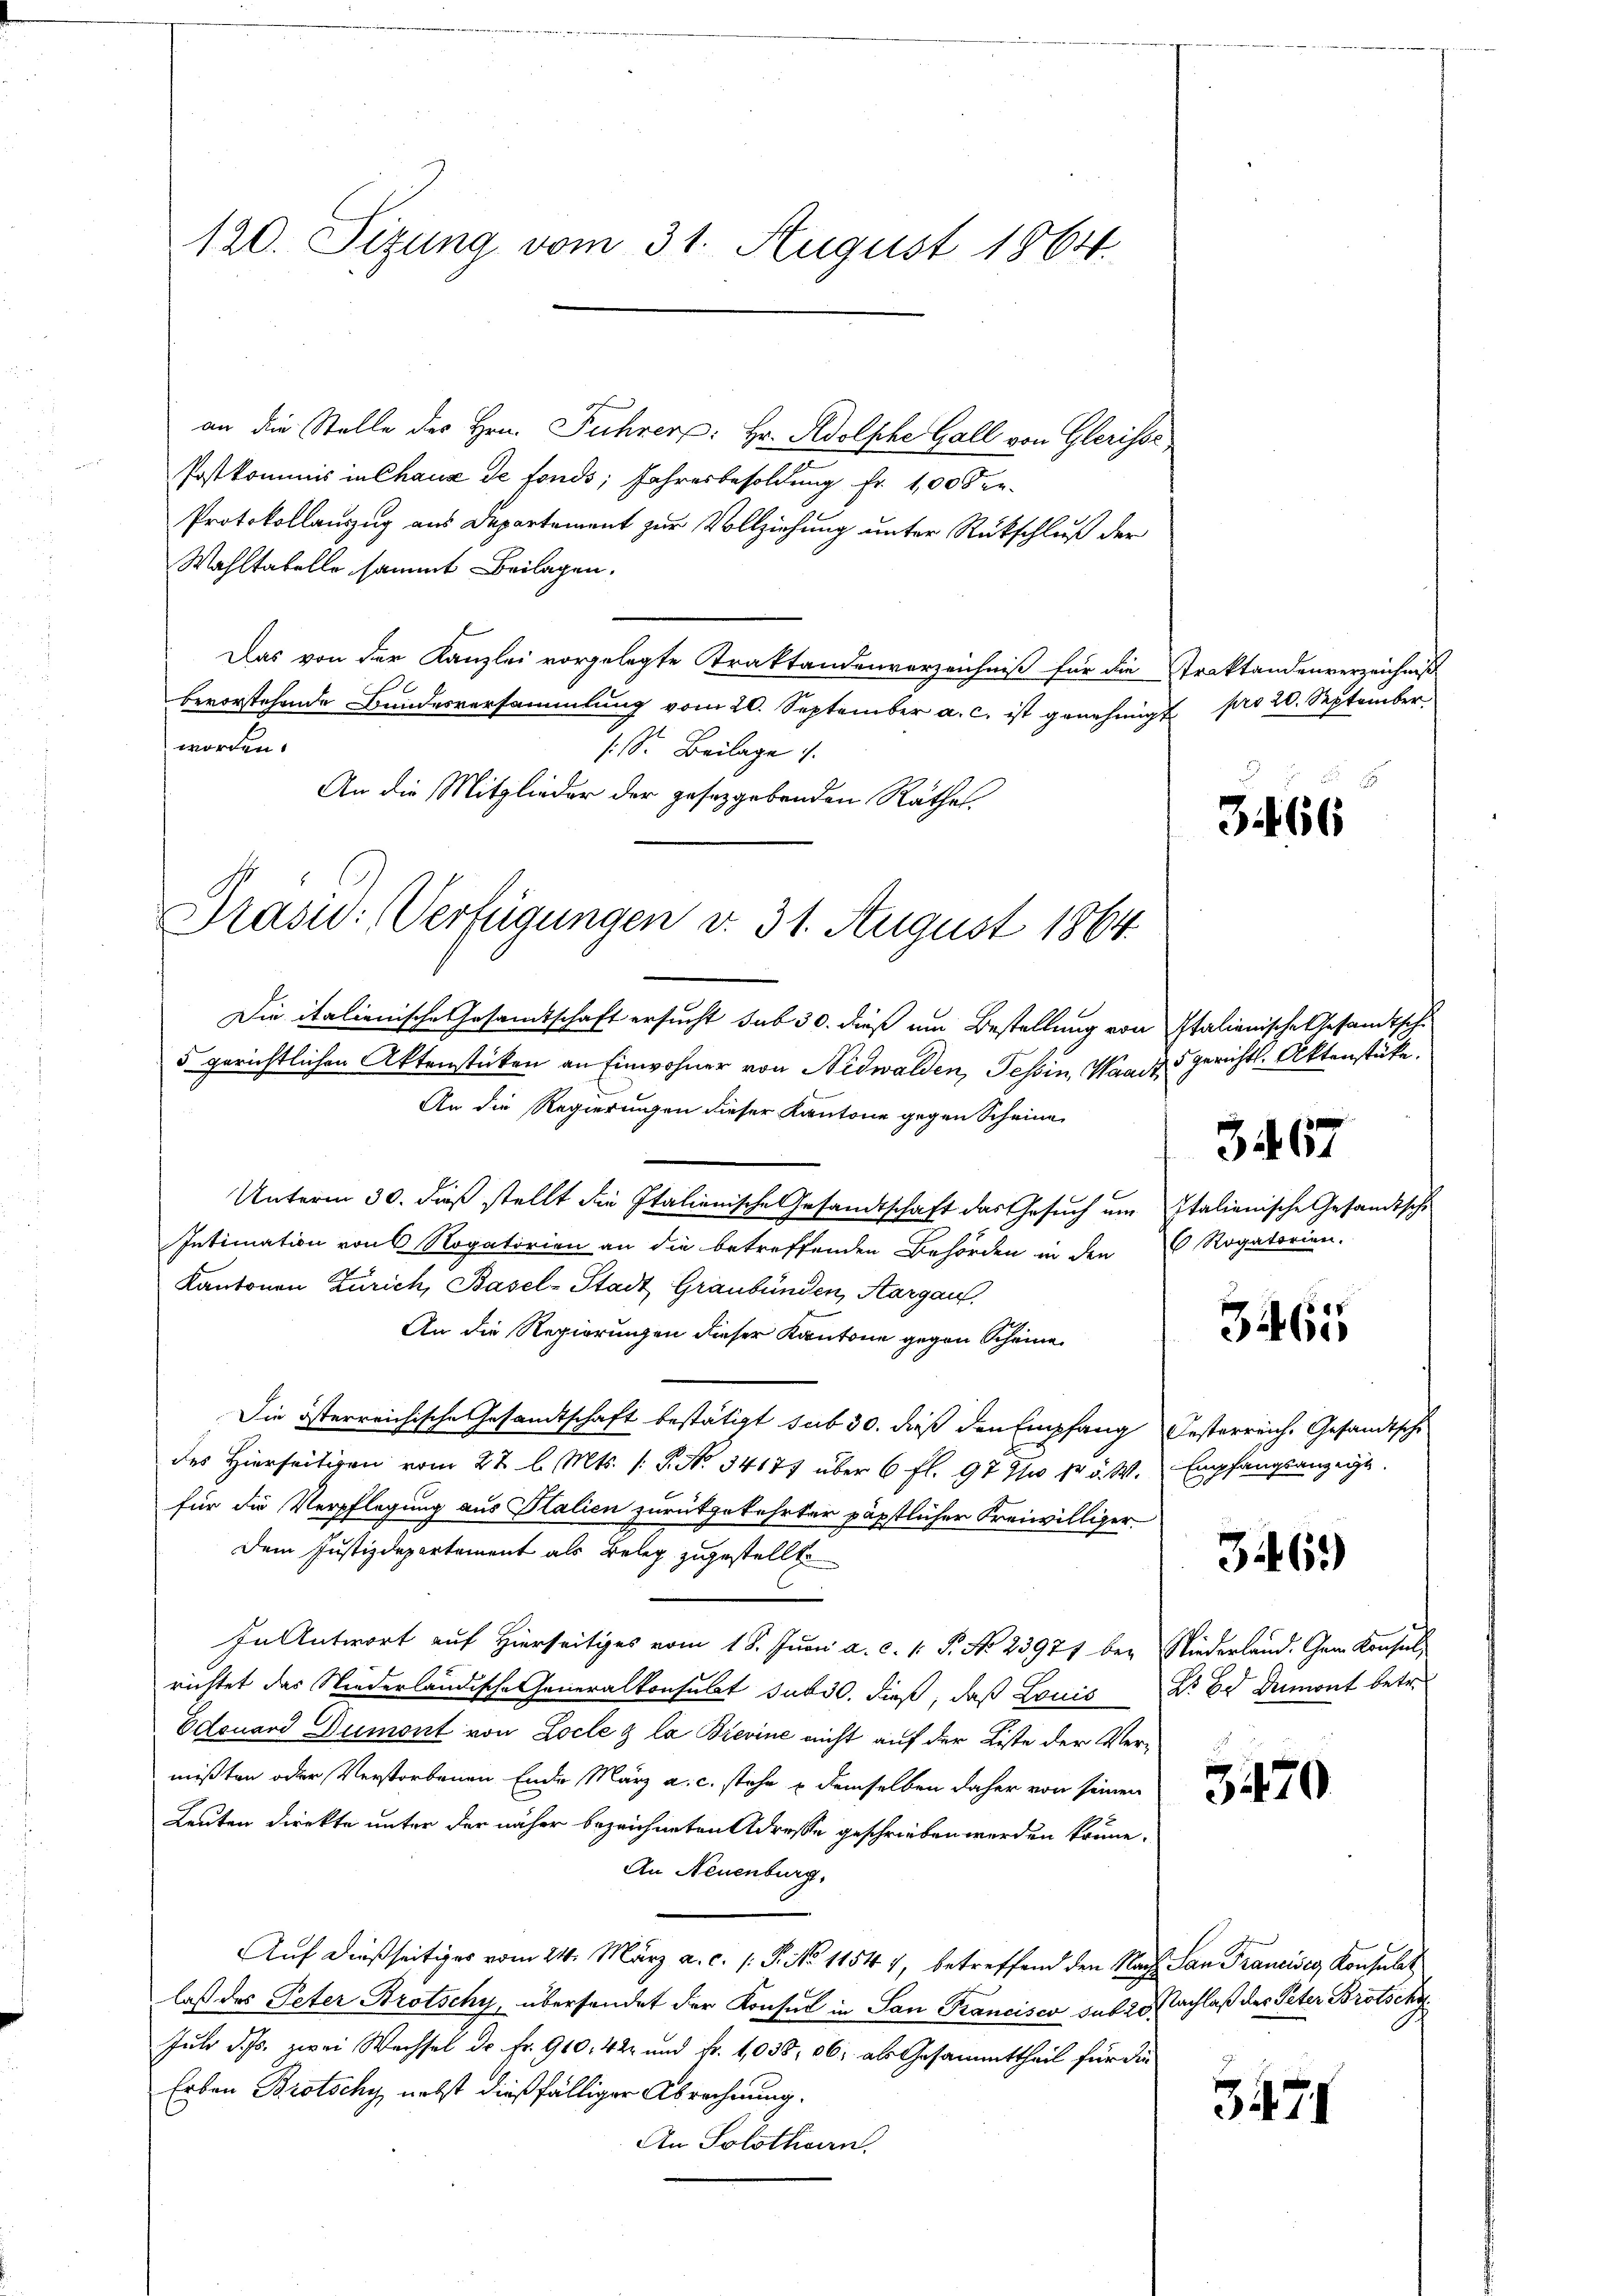
120. Sizung vom 31. August 1864.

an die Stelle des Hrn. Führer: Hr. Adolphe Gall von Glerisse,
Postkommis in Chaus de fonds; Jahresbesoldung Fr. 100 See
Protokollauszug aus Departement zur Vollziehung unter Rückschluß der
Wahltatelle sammt Beilagen.
Das von der Kanzlei vorgelegte Traktandenverzeichniß für die
bevorstehende Bundesversammlung vom 20. September a. c. ist genehmigt
worden.
: Sr. Beilage
An die Mitglieder der gesetzgebenden Räthes.
Die italienische Gesamtschaft ersucht sub 30. dieß am Bestellung von Italienische Gesandtschu
5 gerichtlichen Aktenstücken an Einwohner von Nidwalden, Tessin, Waadt gerichts-Aktenstücke.
An die Regierungen dieser Kantone gegen Scheine
Unterm 30. dieß stellt die Italienische Gesandtschaft das Gesuch um
Intimation von 6 Rogatorien an die betreffenden Behörden in den Rogatorien.
Kantonen Zürich, Basel-Stadt Graubünden, Aargau,
An die Regierungen dieser Kantone gegen Scheine
Die österreichische Gesandtschaft bestätigt sub 30. dieß den Empfang Oesterreiche Gesandtsche
des Hierseitigen vom 27 l. Mts. (T. N. 34177 über 6 fl. 97 n 1. d. M. Empfangsanzeigt.
für die Verpflegung aus Italien zurükgekehrter päpstlicher Freiwilliger¬
Dem Justizdepartement als Beleg zugestellte
In Antwort auf Hierseitiges vom 18. Juni a. c. 1. P. No. 23971 bei Niederland. Gem. Konsul
richtet das Niederländische Generalkonsulat subst. dieß, daß Louis. Er Dumont betre
Edouard Dumont von Locle & la Brevine nicht auf der Liste der Vermißten oder Verstorbenen Ende März a. c. stehe & demselben daher von seinen
Leuten direkte unter der näher bezeichneten Adresse geschrieben werden könne.
An Neuenburg,
Auf dießseitiges vom 24. März a. c. s. S. No 11544, betreffend den Nach San Francises Konsulat
laß des Peter Brotschy, übersendet der Konsul in San Francisco sub 28. Nachlaß des Peter Brotschaf
Juli d. Js. zwei Wachsel dr. Fr. 910, 42 und Fr. 1038, 06; als Gesammttheil für die
Erben Brotschy, nebst dießfälliger Abrechnung.
An Solothurn.

Präsid. Verfügungen v. 31. August 1864.

Traktandenverzeichnis
pro 20. September

3466

367
Italienische Gesandtsche

3461

3461)

3470

3474